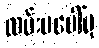
လမ်းမပေါ်မှ